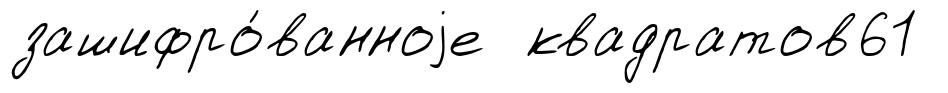
зашифро́ванноjе квадратов61